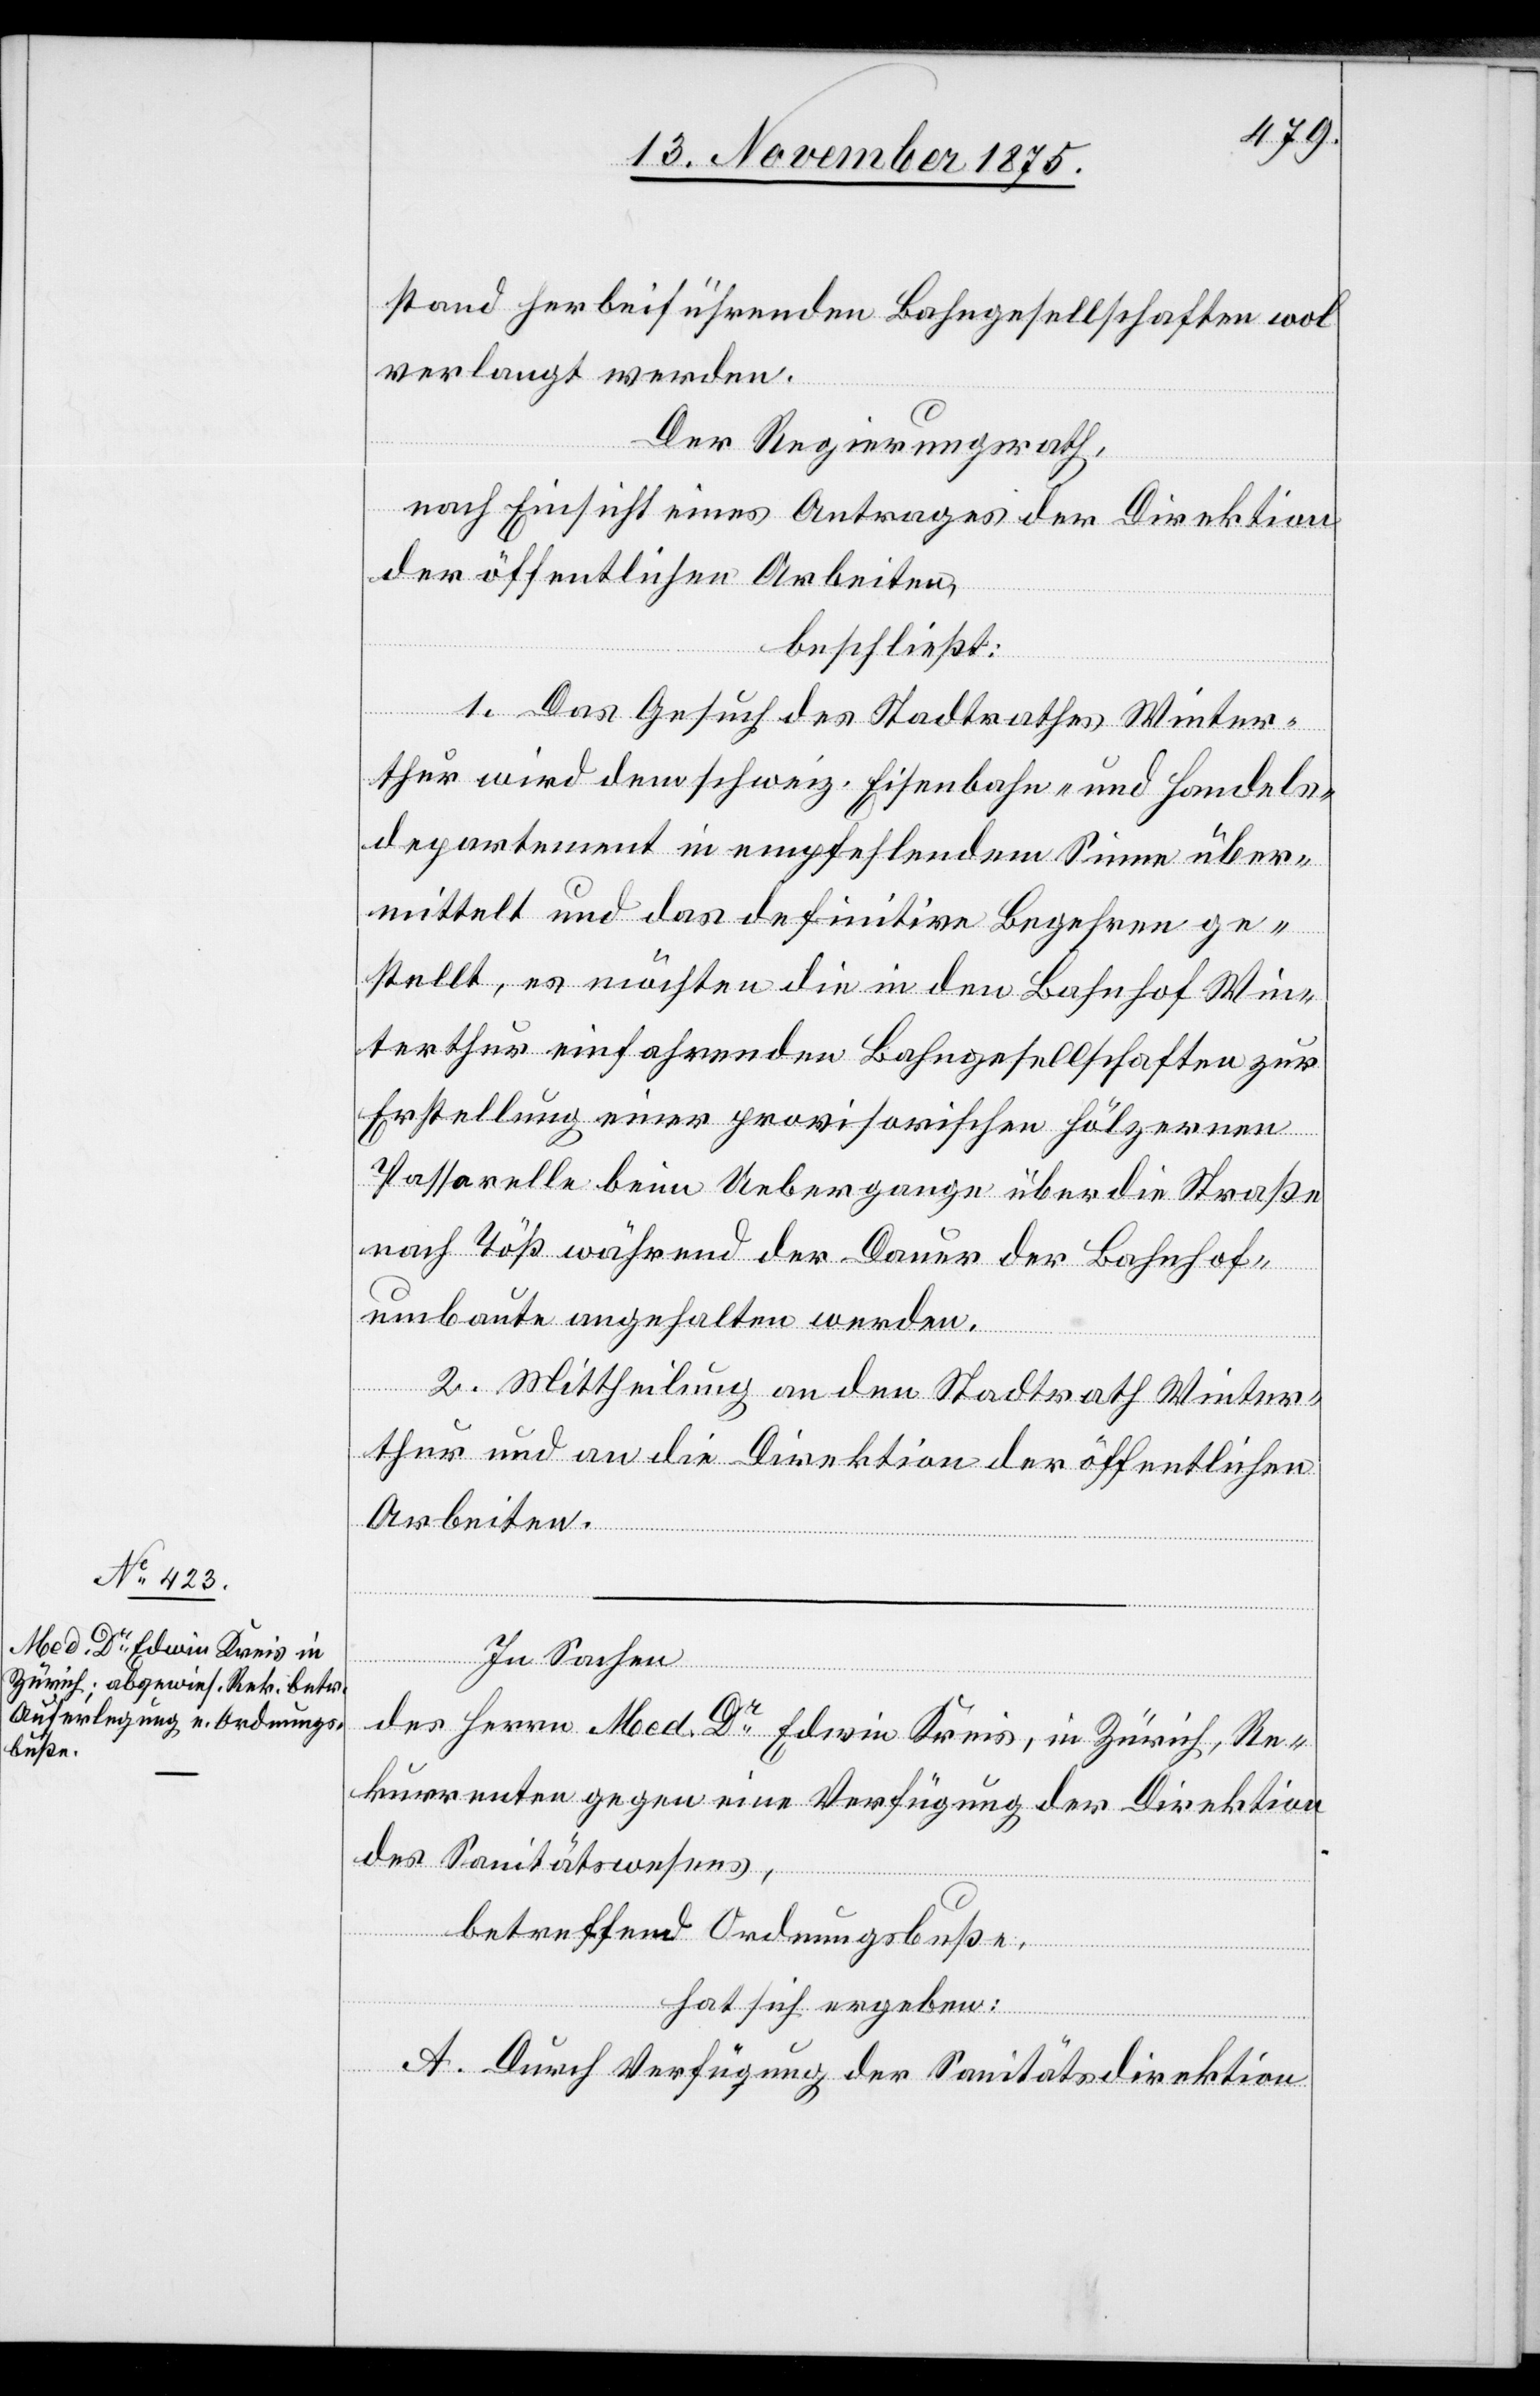
stand herbeiführenden Bahngesellschaften wol
verlangt werden.
Der Regierungsrath,
nach Einsicht eines Antrages der Direktion
der öffentlichen Arbeiten,
beschließt:
1. Das Gesuch des Stadtrathes Winter¬
thur wird dem schweiz. Eisenbahn- und Handels¬
departement in empfehlendem Sinne über¬
mittelt und das definitive Begehren ge¬
stellt, es möchten die in den Bahnhof Win¬
terthur einfahrenden Bahngesellschaften zur
Erstellung einer provisorischen hölzernen
Passarelle beim Uebergange über die Straße
nach Töß während der Dauer der Bahnhof¬
umbaute angehalten werden.
2. Mittheilung an den Stadtrath Winter¬
thur und an die Direktion der öffentlichen
Arbeiten.
In Sachen
des Herrn Med. Dr Edwin Kreis, in Zürich, Re¬
kurrenten gegen eine Verfügung der Direktion
des Sanitätswesens,
betreffend Ordnungsbuße,
hat sich ergeben:
A. Durch Verfügung der Sanitätsdirektion